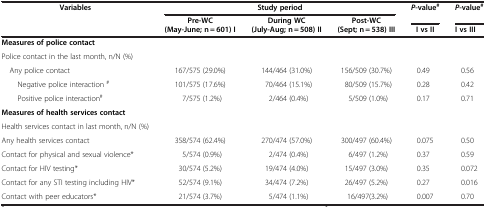
| Variables | <COLSPAN=3> Study period | P-value# | P-value# |
 |  | Pre-WC | During WC | Post-WC |  |  |
 |  | (May-June; n = 601) I | (July-Aug; n = 508) II | (Sept; n = 538) III | I vs II | I vs III |
 | --- | --- | --- | --- | --- | --- |
 | <COLSPAN=6> Measures of police contact |
 | Police contact in the last month, n/N (%) | <COLSPAN=5>  |
 | Any police contact | 167/575 (29.0%) | 144/464 (31.0%) | 156/509 (30.7%) | 0.49 | 0.56 |
 | Negative police interaction # | 101/575 (17.6%) | 70/464 (15.1%) | 80/509 (15.7%) | 0.28 | 0.42 |
 | Positive police interaction# | 7/575 (1.2%) | 2/464 (0.4%) | 5/509 (1.0%) | 0.17 | 0.71 |
 | <COLSPAN=6> Measures of health services contact |
 | Health services contact in last month, n/N (%) | <COLSPAN=5>  |
 | Any health services contact | 358/574 (62.4%) | 270/474 (57.0%) | 300/497 (60.4%) | 0.075 | 0.50 |
 | Contact for physical and sexual violence* | 5/574 (0.9%) | 2/474 (0.4%) | 6/497 (1.2%) | 0.37 | 0.59 |
 | Contact for HIV testing* | 30/574 (5.2%) | 19/474 (4.0%) | 15/497 (3.0%) | 0.35 | 0.072 |
 | Contact for any STI testing including HIV* | 52/574 (9.1%) | 34/474 (7.2%) | 26/497 (5.2%) | 0.27 | 0.016 |
 | Contact with peer educators* | 21/574 (3.7%) | 5/474 (1.1%) | 16/497(3.2%) | 0.007 | 0.70 |